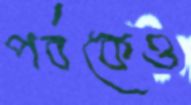
পর্বকেও